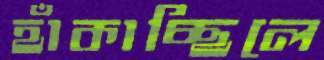
হাঁকাচ্ছিলে